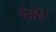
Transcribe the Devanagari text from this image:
फेहेर